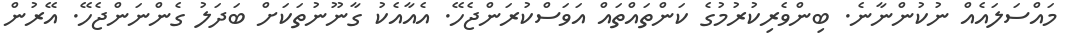
މައްސަލައެއް ނުކުންނާނެ. ބިންވެރިކުރުމުގެ ކަންތައްތައް އަވަސްކުރަންޖެހޭ. އެއާއެކު ގާނޫނުތަކަށް ބަދަލު ގެންނަންޖެހޭ. އޭރުން